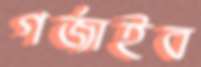
গর্‌জাইব